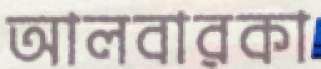
আলবারকা